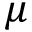
\mu